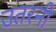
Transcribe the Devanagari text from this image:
उतरनी